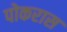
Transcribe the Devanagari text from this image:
पोकरास